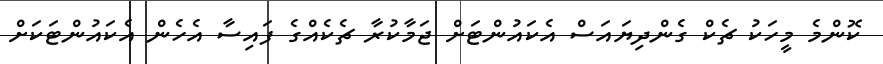
ކޮންމެ މީހަކު ޗެކް ގެންދިޔައަސް އެކައުންޓަށް ޖަމާކުރާ ޗެކެއްގެ ފައިސާ އެހެން އެކައުންޓަކަށް